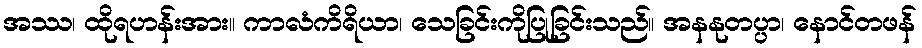
အဿ၊ ထိုရဟန်းအား။ ကာလံကိရိယာ၊ သေခြင်းကိုပြုခြင်းသည်။ အနနုတပ္ပာ၊ နောင်တဖန်